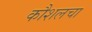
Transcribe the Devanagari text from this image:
कौशलचा